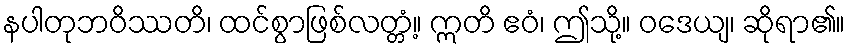
နပါတုဘဝိဿတိ၊ ထင်စွာဖြစ်လတ္တံ့။ ဣတိ ဧဝံ၊ ဤသို့။ ဝဒေယျ၊ ဆိုရာ၏။